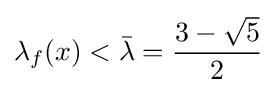
\lambda _{f}(x)<{\bar {\lambda }}={\frac {3-{\sqrt {5}}}{2}}